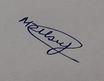
Signature authenticity: genuine